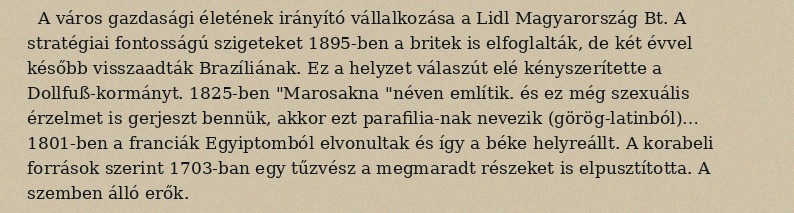
A város gazdasági életének irányító vállalkozása a Lidl Magyarország Bt. A stratégiai fontosságú szigeteket 1895-ben a britek is elfoglalták, de két évvel később visszaadták Brazíliának. Ez a helyzet válaszút elé kényszerítette a Dollfuß-kormányt. 1825-ben "Marosakna "néven említik. és ez még szexuális érzelmet is gerjeszt bennük, akkor ezt parafilia-nak nevezik (görög-latinból)… 1801-ben a franciák Egyiptomból elvonultak és így a béke helyreállt. A korabeli források szerint 1703-ban egy tűzvész a megmaradt részeket is elpusztította. A szemben álló erők.